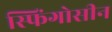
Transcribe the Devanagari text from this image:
स्फिंगोसीन